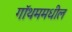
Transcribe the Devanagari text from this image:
गॉथममधील